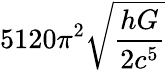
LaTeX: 5120\pi^{2}{\sqrt{\frac{hG}{2c^{5}}}}